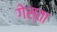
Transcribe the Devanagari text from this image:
गेस्ता